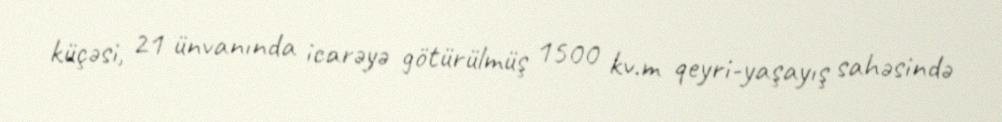
küçəsi, 21 ünvanında icarəyə götürülmüş 1500 kv.m qeyri-yaşayış sahəsində